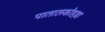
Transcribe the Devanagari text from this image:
पातालकोहड़ा